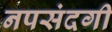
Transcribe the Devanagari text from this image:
नपसंदगी